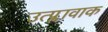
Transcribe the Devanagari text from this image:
उत्प्लावाक